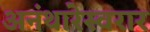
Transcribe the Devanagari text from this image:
अनंथारेस्वरार